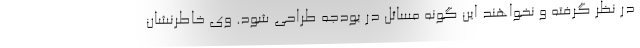
در نظر گرفته و نخواهند این گونه مسائل در بودجه طراحی شود. وی خاطرنشان